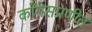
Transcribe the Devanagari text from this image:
काँगेसप्रणीत